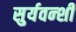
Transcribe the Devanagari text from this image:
सुर्यवन्शी